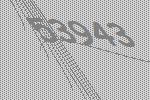
53943